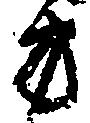
方